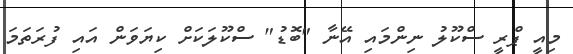
މިއީ ޕްރީ ސްކޫލު ނިންމައި އޭނާ "ބޮޑު" ސްކޫލަކަށް ކިޔަވަން އައި ފުރަތަމަ